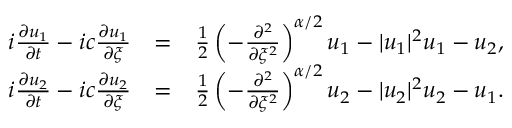
\begin{array} { r l r } { i \frac { \partial u _ { 1 } } { \partial t } - i c \frac { \partial u _ { 1 } } { \partial \xi } } & { = } & { \frac { 1 } { 2 } \left( - \frac { \partial ^ { 2 } } { \partial \xi ^ { 2 } } \right) ^ { \alpha / 2 } u _ { 1 } - | u _ { 1 } | ^ { 2 } u _ { 1 } - u _ { 2 } , } \\ { i \frac { \partial u _ { 2 } } { \partial t } - i c \frac { \partial u _ { 2 } } { \partial \xi } } & { = } & { \frac { 1 } { 2 } \left( - \frac { \partial ^ { 2 } } { \partial \xi ^ { 2 } } \right) ^ { \alpha / 2 } u _ { 2 } - | u _ { 2 } | ^ { 2 } u _ { 2 } - u _ { 1 } . } \end{array}